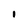
Character: 1